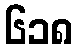
၆၁၈